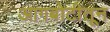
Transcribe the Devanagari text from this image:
आगबोटीतून